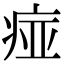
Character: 痖